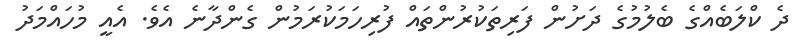
ދެ ކްލަބެއްގެ ބެލުމުގެ ދަށުން ފަރިތަކުރުންތައް ފުރިހަމަކުރަމުން ގެންދާނެ އެވެ. އެއީ މުހައްމަދު